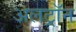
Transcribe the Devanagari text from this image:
अलट्राॅन